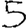
Digit: 5